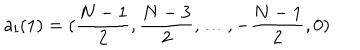
LaTeX: a _ { l } ( 1 ) = ( { \frac { N - 1 } { 2 } } , { \frac { N - 3 } { 2 } } , \dots , - { \frac { N - 1 } { 2 } } , 0 )